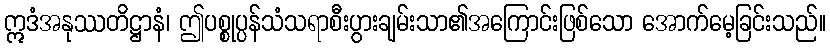
ဣဒံအနုဿတိဋ္ဌာနံ၊ ဤပစ္စုပ္ပန်သံသရာစီးပွားချမ်းသာ၏အကြောင်းဖြစ်သော အောက်မေ့ခြင်းသည်။